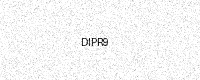
Text: DIPR9